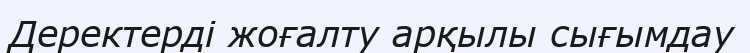
Деректерді жоғалту арқылы сығымдау